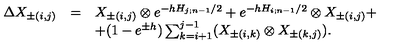
\begin{array} { l c l } { \Delta X _ { \pm ( i , j ) } } & { = } & { X _ { \pm ( i , j ) } \otimes e ^ { - h H _ { j ; n - 1 } / 2 } + e ^ { - h H _ { i ; n - 1 } / 2 } \otimes X _ { \pm ( i , j ) } + } \\ { } & { } & { + ( 1 - e ^ { \pm h } ) \sum _ { k = i + 1 } ^ { j - 1 } ( X _ { \pm ( i , k ) } \otimes X _ { \pm ( k , j ) } ) . } \\ \end{array}